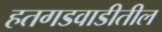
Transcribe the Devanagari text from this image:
हतगडवाडीतील